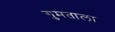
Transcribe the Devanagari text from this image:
गुमताला